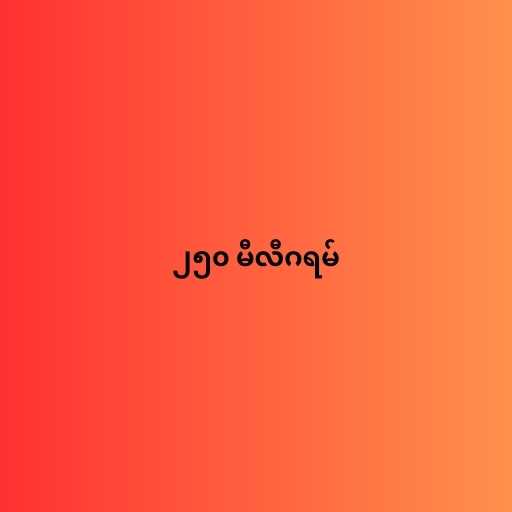
၂၅၀ မီလီဂရမ်